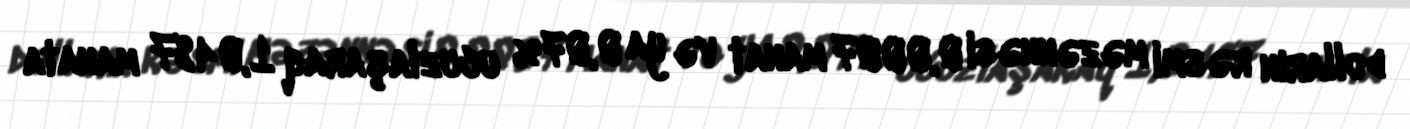
dolların rəsmi məzənnəsi 0,0007 manat və ya 0,07% ucuzlaşaraq 1,0487 manata